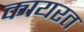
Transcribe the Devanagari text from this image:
कायरत